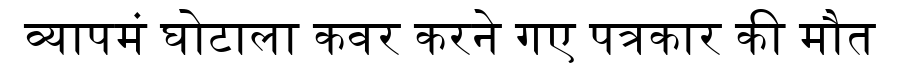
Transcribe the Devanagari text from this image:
व्यापमं घोटाला कवर करने गए पत्रकार की मौत